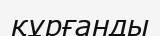
құрғанды